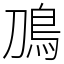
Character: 鳭